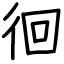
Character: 徊